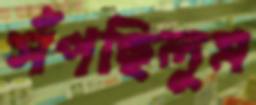
সঁপছিলুম